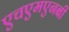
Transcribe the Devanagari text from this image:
एचएमएनबी